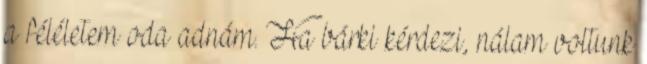
a féléletem oda adnám. Ha bárki kérdezi, nálam voltunk